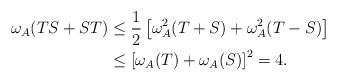
LaTeX: \begin{align*}\omega_A(TS +ST)&\leq \frac{1}{2}\left[\omega_A^2(T+S)+\omega_A^2(T-S)\right]\\ & \leq \left[\omega_A(T)+\omega_A(S)\right]^2=4.\end{align*}